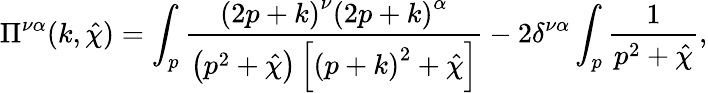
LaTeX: \Pi^{\nu\alpha}(k,\hat{\chi})=\int_{p}\frac{\left(2p+k\right)^{\nu}\left(2p+k\right)^{\alpha}}{\left(p^{2}+\hat{\chi}\right)\left[\left(p+k\right)^{2}+\hat{\chi}\right]}-2\delta^{\nu\alpha}\int_{p}\frac{1}{p^{2}+\hat{\chi}},